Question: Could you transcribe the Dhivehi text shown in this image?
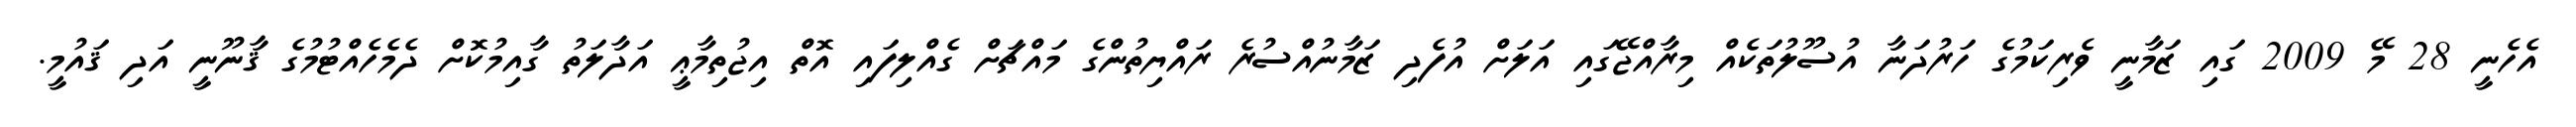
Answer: އެހެނީ 28 މޭ 2009 ގައި ޒަމާނީ ވެރިކަމުގެ ހަރުދަނާ އުސޫލުތަކެއް މިރާއްޖޭގައި އަލަށް އުފެދި ޒަމާނުއްސުރެ ރައްޔިތުންގެ މައްޗަށް ގެއްލިފައި އޮތް އިޖުތިމާޢީ އަދާލަތު ގާއިމުކޮށް ދެމެހެއްޓުމުގެ ޤާނޫނީ އަދި ޤައުމީ.